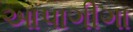
આપાગીગા